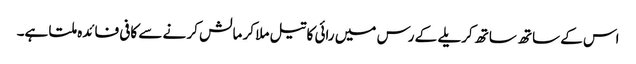
اس کے ساتھ ساتھ کریلے کے رس میں رائی کا تیل ملا کر مالش کر نے سے کافی فائدہ ملتا ہے۔